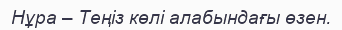
Нұра – Теңіз көлі алабындағы өзен.